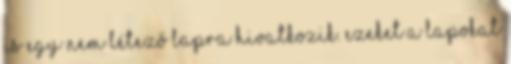
is egy nem létező lapra hivatkozik. Ezeket a lapokat